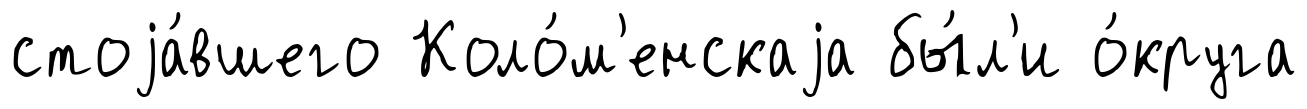
стоjа́вшего Коло́м'енскаjа бы́л'и о́круга